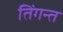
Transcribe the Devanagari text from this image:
तिंगन्त